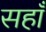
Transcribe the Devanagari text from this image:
सहाँ